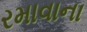
રમાવાના